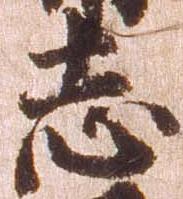
志